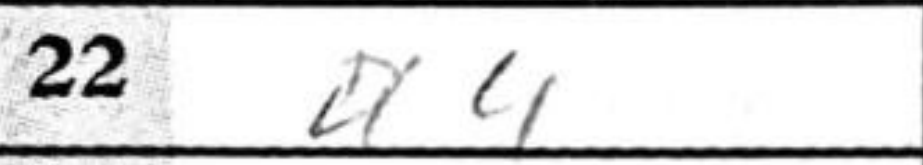
Transcription: a4